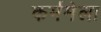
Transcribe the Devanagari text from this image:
कर्ममेला